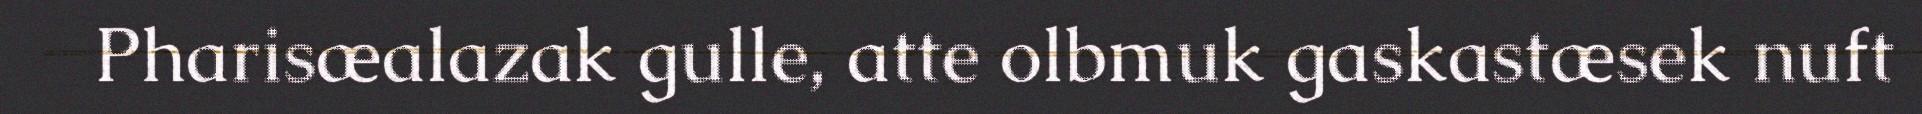
Pharisæalazak gulle, atte olbmuk gaskastæsek nuft